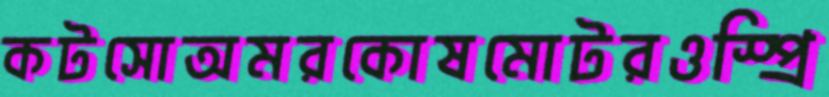
কটসোঅমরকোষমোটরওস্প্রি